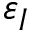
\varepsilon _ { I }